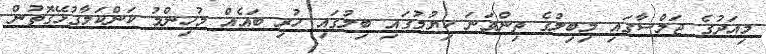
މިއަދުގެ ޖަލްސާގައި މިބިލުގެ ތިންވަނަ ކިޔުމުގައި ބިލުގައި ހުރި ބައެއް މުހިންމު ކަންކަމާގުޅޭގޮތުން